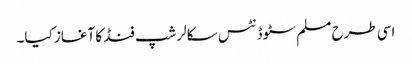
اسی طرح مسلم سٹوڈنٹس سکالرشپ فنڈ کا آغاز کیا۔